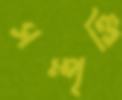
সম্পৃক্তি